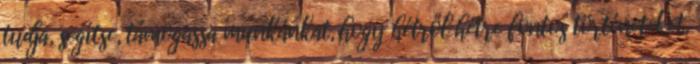
tudja, segítse, támogassa munkánkat, hogy hétről hétre fontos történeteket,